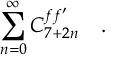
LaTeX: \sum _ { n = 0 } ^ { \infty } C _ { 7 + 2 n } ^ { f f ^ { \prime } } \ \ \ .